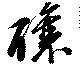
醸